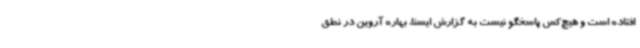
افتاده است و هیچ‌کس پاسخگو نیست به گزارش ایسنا، بهاره آروین در نطق